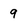
Character: 9